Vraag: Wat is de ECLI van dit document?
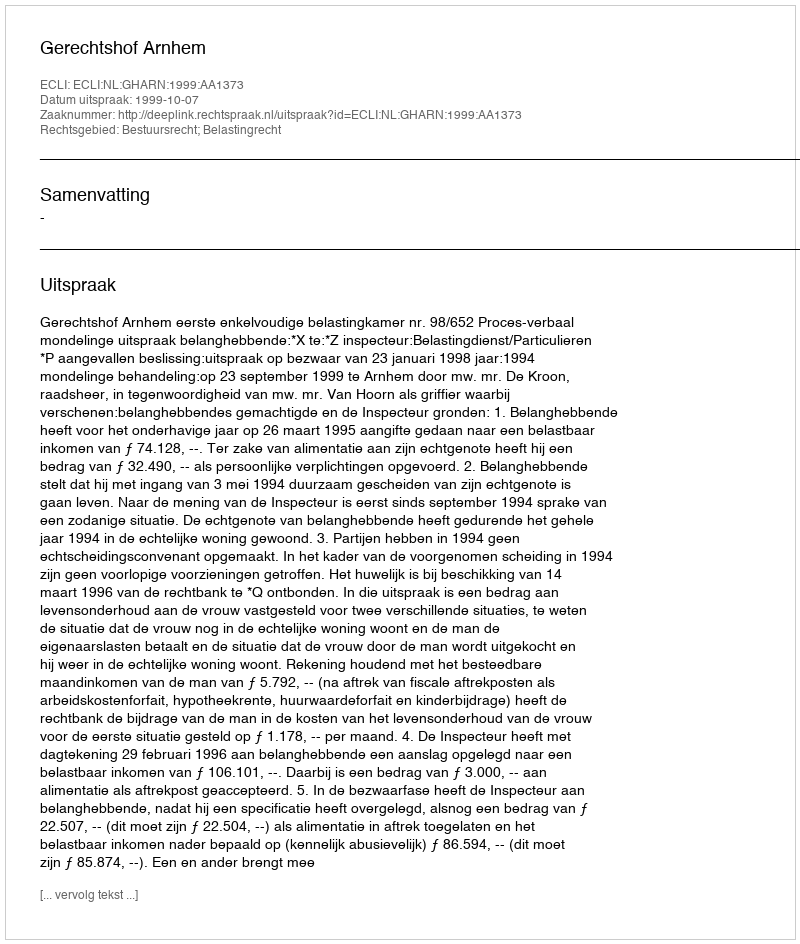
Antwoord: ECLI:NL:GHARN:1999:AA1373